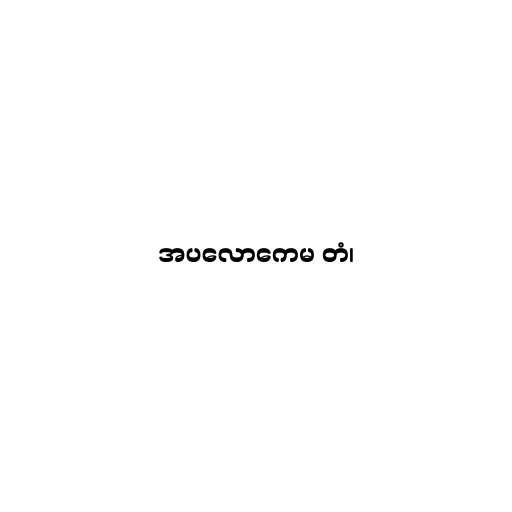
အပလောကေမ တံ၊